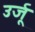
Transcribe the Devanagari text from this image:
उर्जू